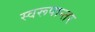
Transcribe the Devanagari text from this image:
स्वरूपान्तर